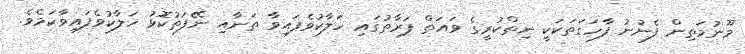
މޫނުމަތިން ފެނުނު ފާހަގަތަކަކީ ނިތްކުރީގެ ވައަތް ފަރާތުގައި ހަލާކުވެފައިވާ ތަނާއި ނޭފަތުކޮޅު ހަލާކުވެފައިވާކަމެވެ.